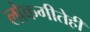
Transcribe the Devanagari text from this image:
लोकगीतेही